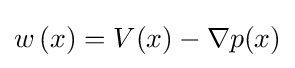
w\left(x\right)=V(x)-\nabla p(x)